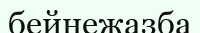
бейнежазба